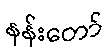
နန်းတော်